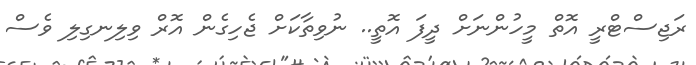
ރަޖިސްޓްރީ އޮތް މީހުންނަށް ދީފަ އޮތީ.. ނުވިތާކަށް ޖެހިގެން އޮރް ވިލިނގިލި ވެސް